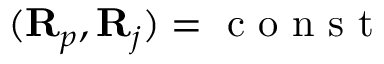
( { \bf R } _ { p } , { \bf R } _ { j } ) = \mathrm { ~ c ~ o ~ n ~ s ~ t ~ }